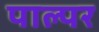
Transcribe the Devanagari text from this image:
पाल्पर